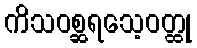
ကိသဝစ္ဆရသေ့ဝတ္ထု